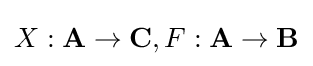
X:\mathbf {A} \to \mathbf {C} ,F:\mathbf {A} \to \mathbf {B}